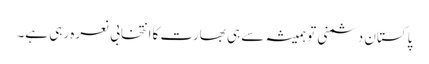
پاکستان دشمنی تو ہمیشہ سے ہی بھارت کاانتخابی نعرہ رہی ہے۔